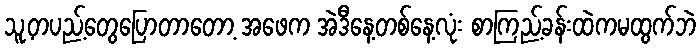
သူ့တပည့်တွေပြောတာတော့ အဖေက အဲဒီနေ့တစ်နေ့လုံး စာကြည့်ခန်းထဲကမထွက်ဘဲ